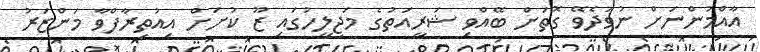
އާއްމުންނަށް ނުވަދެވޭ ގޮތަށް ބޭއްވި ޝަރީއަތުގެ މަޖިލީހުގައި ޒޫ ކުށަށް އިއުތިރާފްވާ މަންޒަރު